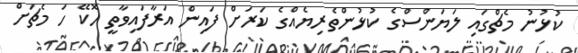
ކުޅުނު މެޗްގައި ލަޔަންސްގެ ކުޅުންތެރިޔެއްގެ ކަރަށް ފައިން އަރާފައިވާތީ ހޮކޭ ހަ މެޗަށް